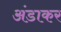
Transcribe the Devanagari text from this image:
अंडाकर